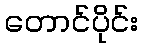
တောင်ပိုင်း